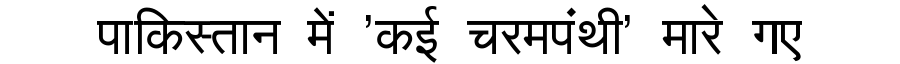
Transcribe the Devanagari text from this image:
पाकिस्तान में 'कई चरमपंथी' मारे गए